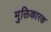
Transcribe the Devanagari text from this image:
मुक्तिकारक